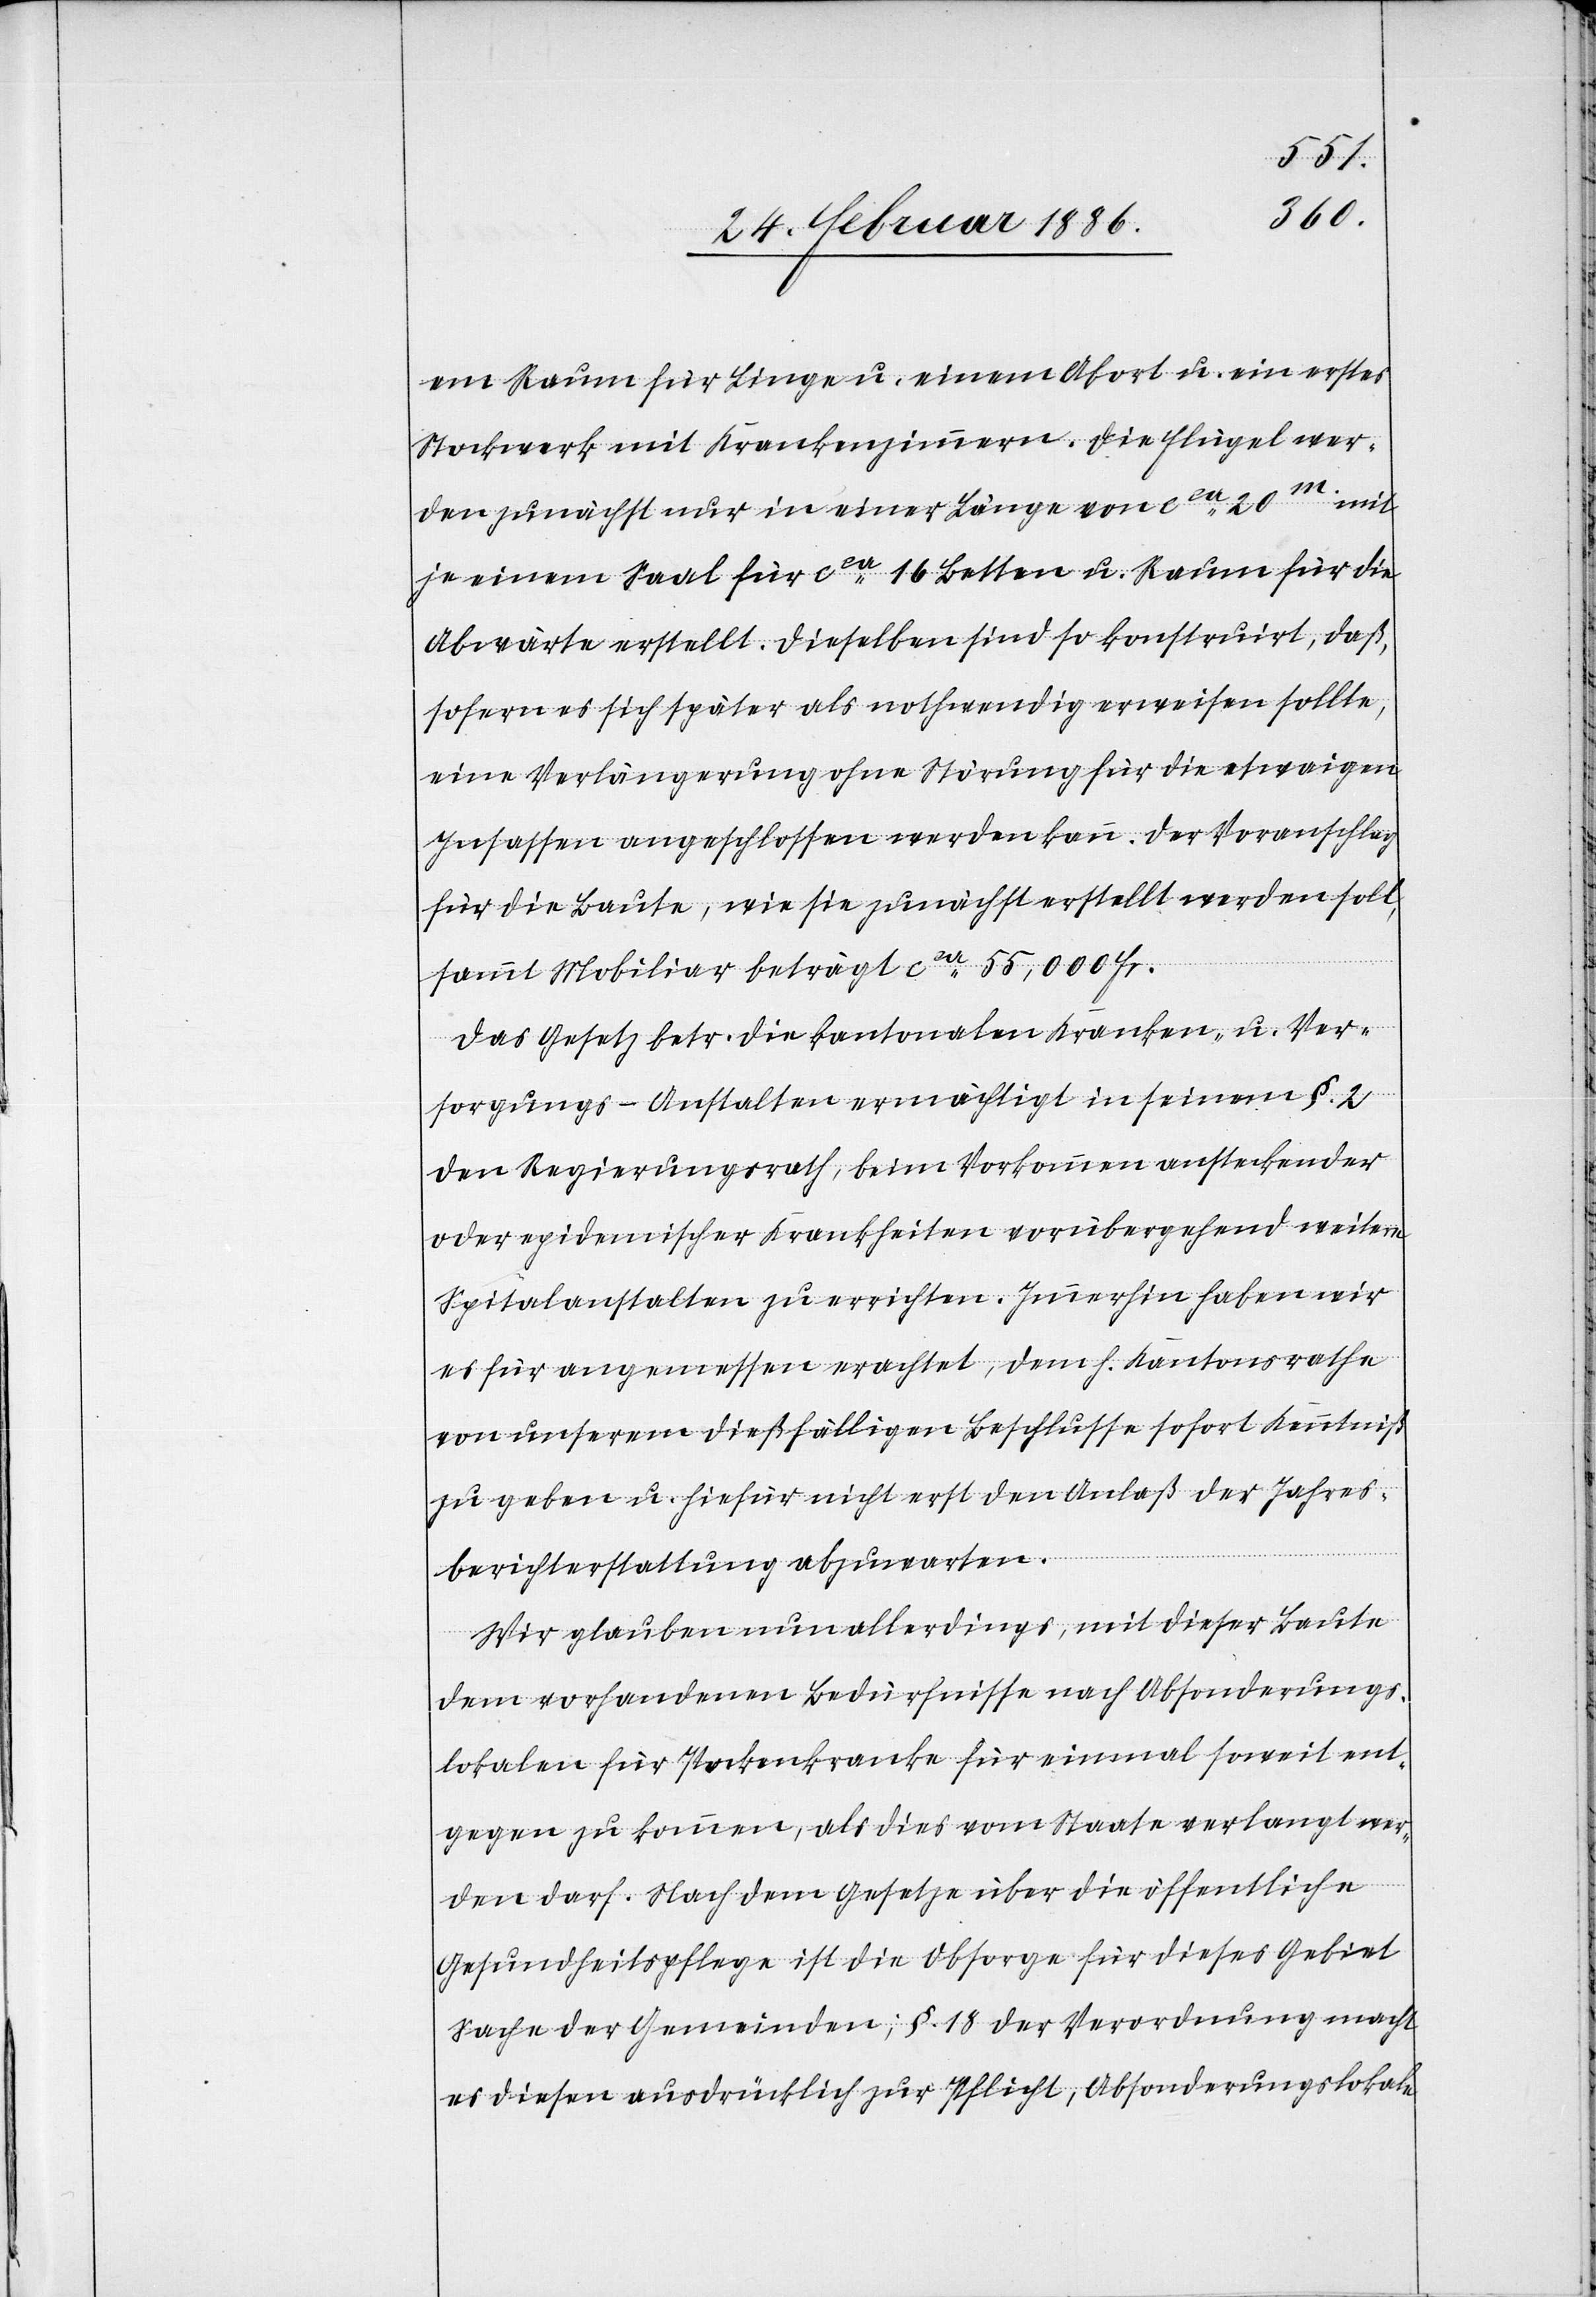
en Raum für Liege u. einen Abort u. einen erstes
Stockwerk mit Krankenzimmern. Die Flügel war¬
en zunächst nur in einer Länge von cca 20m. mit
je einem Saal für cca 16 Betten u. Raum für die
Abwärte erstellt. Dieselben sind so konstruirt, daß,
sofern es sich später als nothwendig erwiesen sollte,
eine Verlängerung ohne Störung für die etwaigen
Insassen angeschlossen werden kann. Der Voranschlag
für die Baute, wie sie zunächst erstellt werden soll,
sammt Mobiliar beträgt cca 55,000 Fr.
Das Gesetz betr. die kantonalen Kranken- u. Ver¬
sorgungs-Anstalten ermächtigt in seinen §. 2
den Regierungsrath, beim Vorkommen ansteckender
oder epidemischer Krankheiten vorübergehend weitere
Spitalanstalten zu errichten. Immerhin haben wir
es für angemessen erachtet, dem h. Kantonsrathe
von unserem dießfälligen Beschlusse sofort Kenntniß
zu geben u. hiefür nicht erst den Anlaß der Jahres¬
berichterstattung abzuwarten.
Wir glauben nun allerdings, mit dieser Baute
dem vorhandenen Bedürfnisse nach Absonderungs¬
lokalen für Pockenranke für einmal soweit ent¬
gegen zu kommen, als dies vom Staate verlangt wer¬
den darf. Nach dem Gesetz über die öffentliche
Gesundheitspflege ist die Absorge für dieses Gebiet
Sache der Gemeinden; §. 18 der Verordnung macht
es diesen ausdrücklich zur Pflicht, Absonderungslokale